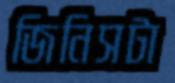
জিনিসটা